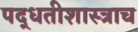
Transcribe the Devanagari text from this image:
पद्धतीशास्त्राच